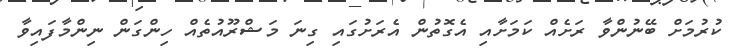
ކުރުމަށް ބޭނުންވާ ރަށެއް ކަމަށާއި އެގޮތުން އެރަށުގައި ގިނަ މަޝްރޫއުތެއް ހިންގަން ނިންމާފައިވާ